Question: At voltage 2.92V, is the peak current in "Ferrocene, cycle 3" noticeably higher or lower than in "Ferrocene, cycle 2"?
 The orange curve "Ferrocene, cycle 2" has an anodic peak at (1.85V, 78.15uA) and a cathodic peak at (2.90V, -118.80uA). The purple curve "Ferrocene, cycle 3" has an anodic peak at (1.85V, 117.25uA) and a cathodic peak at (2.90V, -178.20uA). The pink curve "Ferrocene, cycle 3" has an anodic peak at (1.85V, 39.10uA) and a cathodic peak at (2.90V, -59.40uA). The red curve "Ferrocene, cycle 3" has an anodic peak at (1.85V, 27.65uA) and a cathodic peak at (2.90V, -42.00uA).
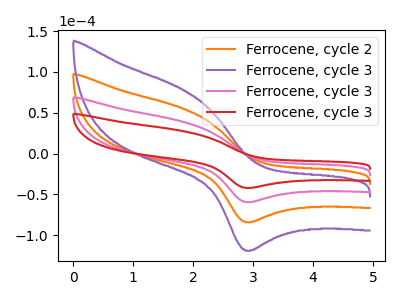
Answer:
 <answer>The peak at 2.92V is higher in "Ferrocene, cycle 3" than in "Ferrocene, cycle 2".</answer>
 <eval>higher</eval>